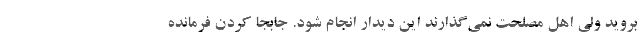
بروید ولی اهل مصلحت نمی‌گذارند این دیدار انجام شود. جابجا کردن فرمانده